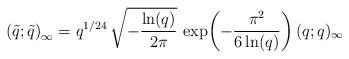
LaTeX: \begin{align*}\left(\tilde{q};\tilde{q}\right)_{\infty}=q^{1/24}\,\sqrt{-\frac{\ln(q)}{2\pi}}\,\exp\!\left(-\frac{\pi^{2}}{6\ln(q)}\right)(q;q)_{\infty}\end{align*}